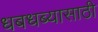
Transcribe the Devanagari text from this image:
धबधब्यासाठी